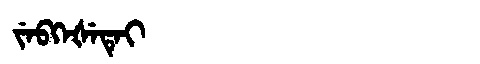
Manchu: ᠵᡝᠪᡴᡝᡧᡝᡨᡝᡳ
Romanization: JEBKEŠETEI